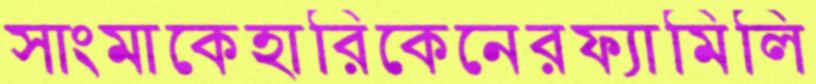
সাংমাকেহারিকেনেরফ্যামিলি